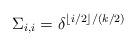
LaTeX: \begin{align*}\Sigma_{i,i} = \delta^{\lfloor i/2 \rfloor/(k/2)}\end{align*}